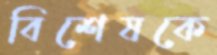
বিশেষকে